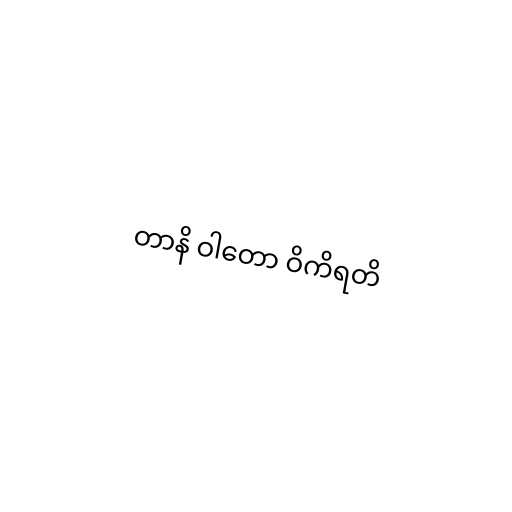
တာနိ ဝါတော ဝိကိရတိ